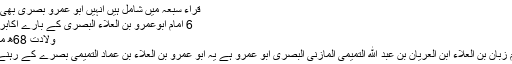
قراء سبعہ میں شامل ہیں انہیں ابو عمرو بصری بھی کہا جاتا ہے
6 اِمام ابوعمرو بن العلاء البصری کے بارے اکابرین کے اقوال
ولادت 68ھ مکہ میں ہوئی
ان کا پورا نام زبّان بن العلاء ابن العريان بن عبد الله التميمی المازنی البصری ابو عمرو ہے یہ ابو عمرو بن العلاء بن عماد التمیمی بصرے کے رہنے والے تھے۔